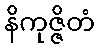
နိကုဇ္ဇိတံ